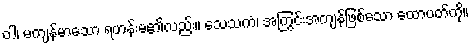
ဝါ၊ မကျန်မာသော ရဟန်းမ၏လည်း။ သေသကံ၊ အကြွင်းအကျန်ဖြစ်သော ထောပတ်ကို။